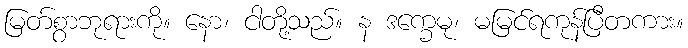
မြတ်စွာဘုရားကို။ နော၊ ငါတို့သည်။ န ဒက္ခေမု၊ မမြင်ရကုန်ပြီတကား။